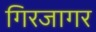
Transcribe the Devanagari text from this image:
गिरजागर